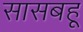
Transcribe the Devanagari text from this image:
सासबहू